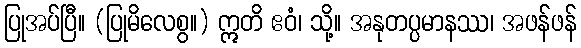
ပြုအပ်ပြီ။ (ပြုမိလေစွ။) ဣတိ ဧဝံ၊ သို့။ အနုတပ္ပမာနဿ၊ အဖန်ဖန်